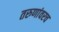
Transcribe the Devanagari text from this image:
तरुणांवरच